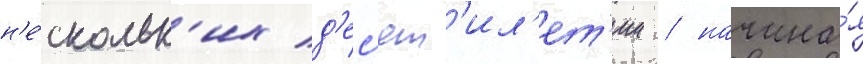
н'е́скольк'их д'ес'ят'ил'ет'ии / начина́я